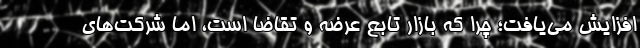
افزایش می‌یافت؛ چرا که بازار تابع عرضه و تقاضا است، اما شرکت‌های